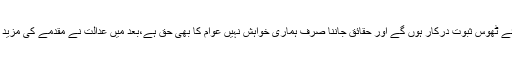
انھوں نے کہا کہ فیصلےکےلئے ٹھوس ثبوت درکار ہوں گے اور حقائق جاننا صرف ہماری خواہش نہیں عوام کا بھی حق ہے،بعد میں عدالت نے مقدمے کی مزید سماعت پیر تک ملتوی کردی۔